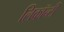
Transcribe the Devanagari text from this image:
लिकॉन्टी